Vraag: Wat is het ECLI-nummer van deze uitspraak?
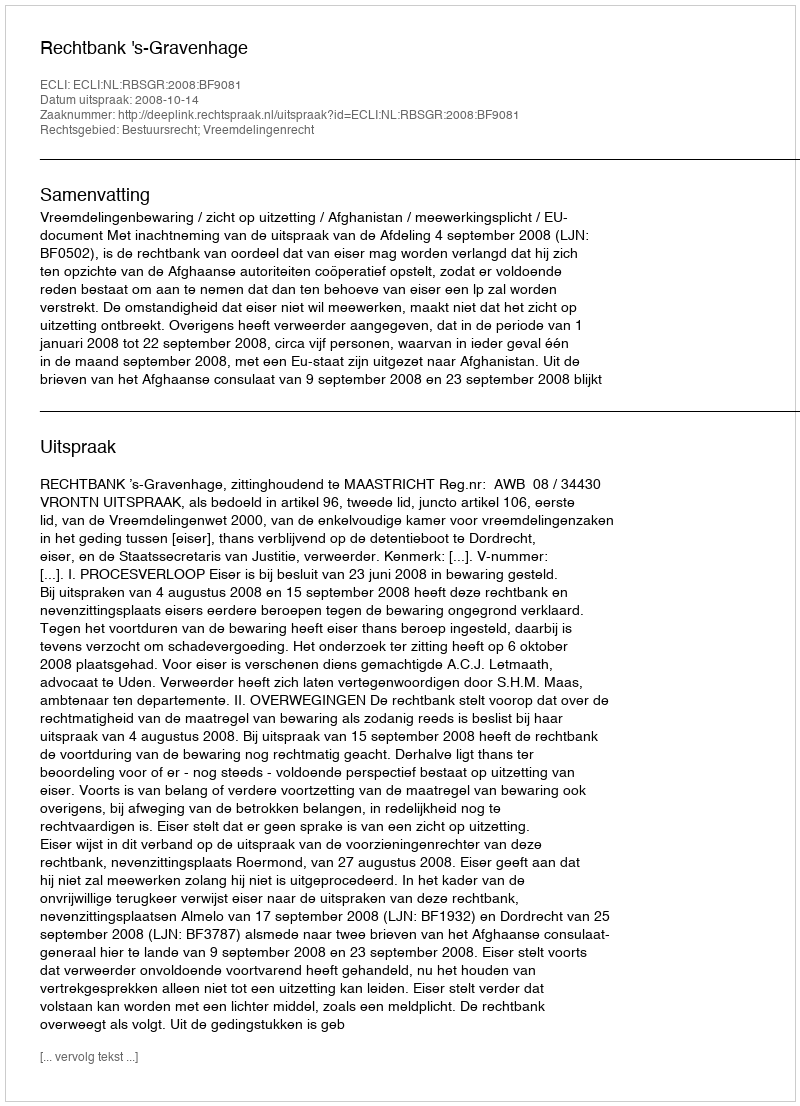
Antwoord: ECLI:NL:RBSGR:2008:BF9081